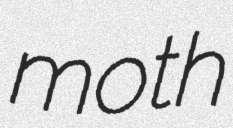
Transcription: moth